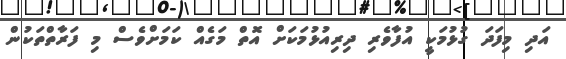
އަދި މިފަދަ ގުޅުމަކީ އުފާވެރި ދިރިއުޅުމަކަށް އޮތް މަގެއް ކަމަށްވެސް މި ފަރާތްތަކުން